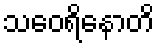
သဝေရိနောတိ